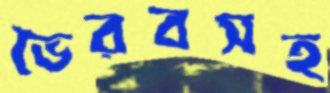
ভৈরবসহ